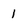
Character: 1